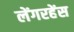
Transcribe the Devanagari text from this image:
लेंगरहेंस